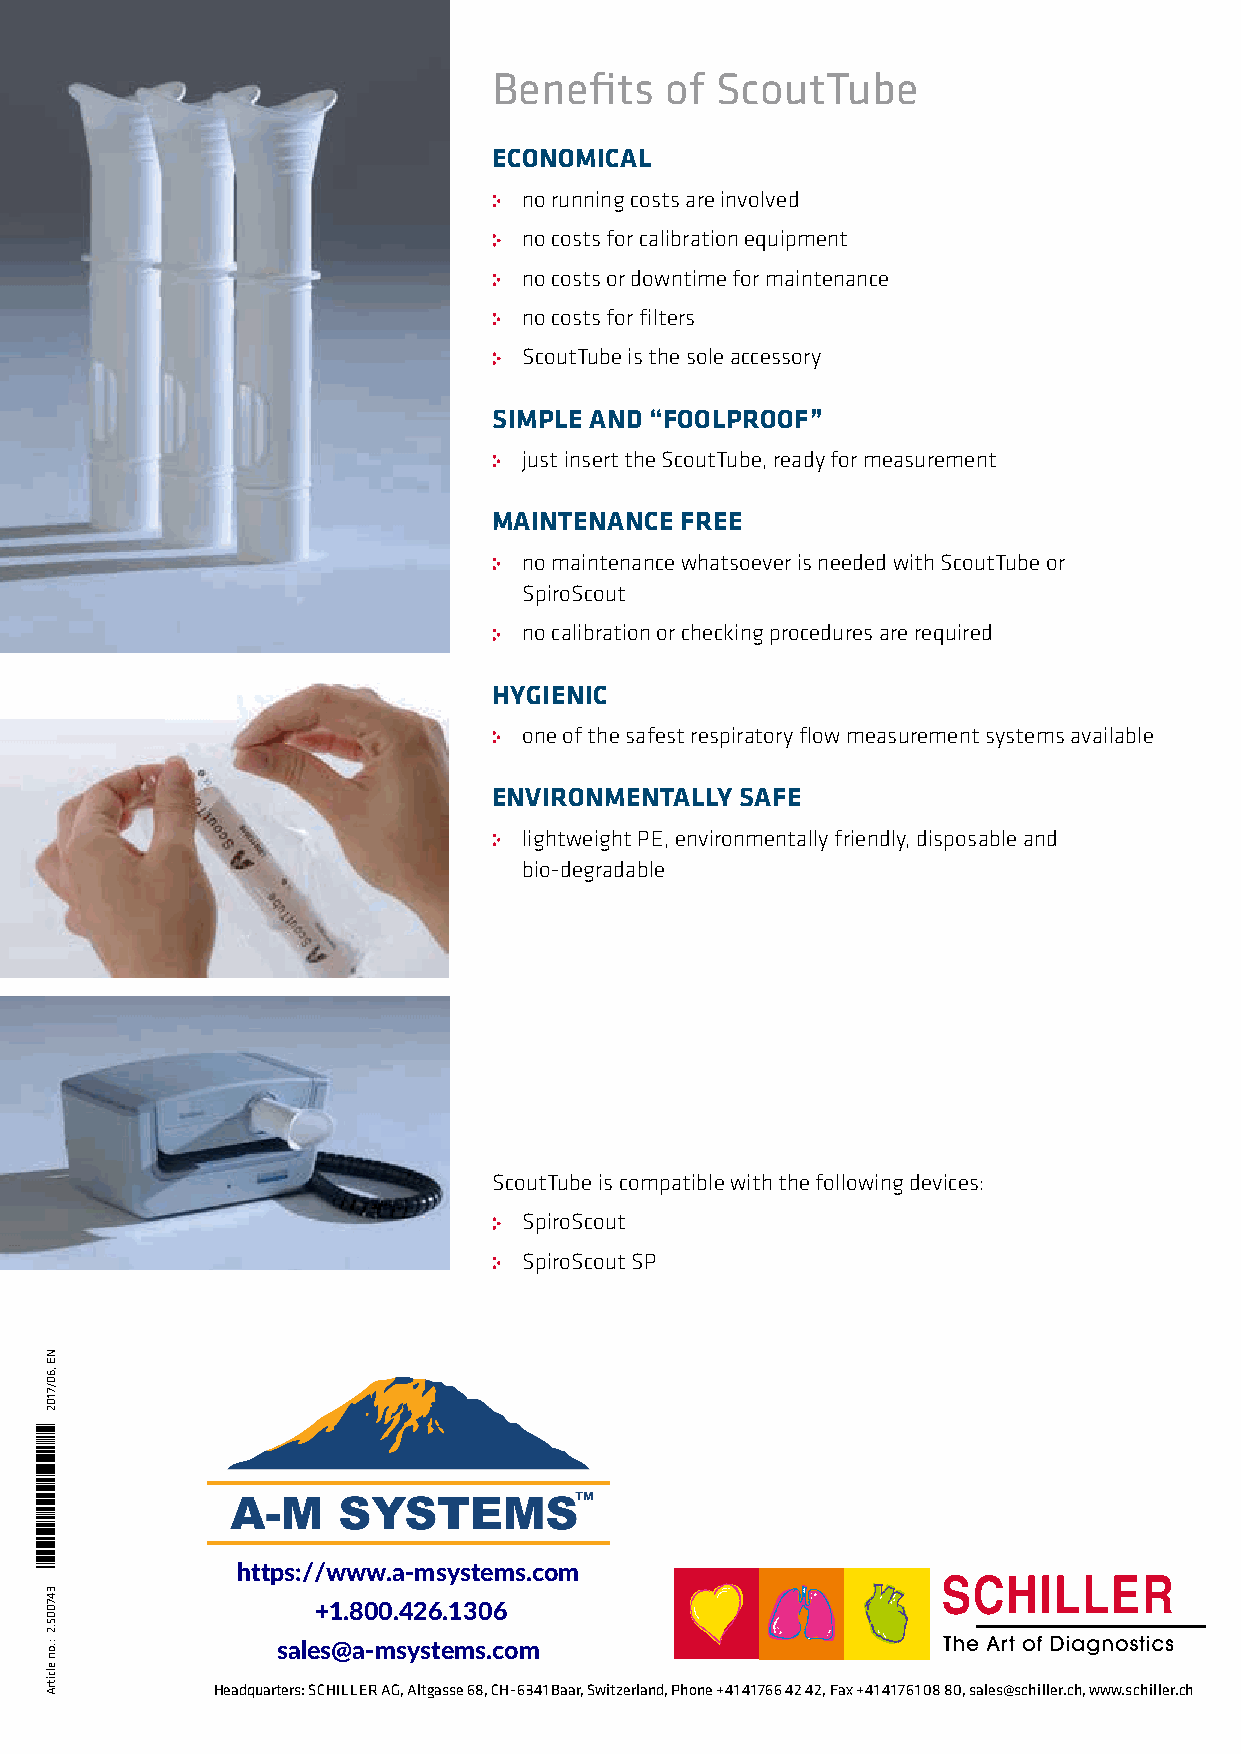
Benefits   of ScoutTube
 ECONOMICAL
 no running costs are involved
 no costs for calibration equipment
 no costs or downtime for maintenance
 no costs for filters
 ScoutTube is the sole accessory
 SIMPLE AND “FOOLPROOF”
 just insert the ScoutTube, ready for measurement
 MAINTENANCE FREE
 no maintenance whatsoever is needed with ScoutTube or
 SpiroScout
 no calibration or checking procedures are required
 HYGIENIC
 one of the safest respiratory flow measurement systems available
 ENVIRONMENTALLY SAFE
 lightweight PE, environmentally friendly, disposable and
 bio-degradable
 ScoutTube is compatible with the following devices:
 SpiroScout
 SpiroScout SP
 https://www.a-msystems.com
 +1.800.426.1306
 sales@a-msystems.com
 Headquarters: SCHILLER AG, Altgasse 68, CH-6341 Baar, Switzerland, Phone +41 41 766 42 42, Fax +41 41 761 08 80, sales@schiller.ch, www.schiller.ch
 *347005.2*
 NE
 ,60/7102
 347005.2
 :.on
 elcitrA